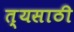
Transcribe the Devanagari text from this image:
त्यसाठी